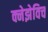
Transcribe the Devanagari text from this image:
क्नेझेविच